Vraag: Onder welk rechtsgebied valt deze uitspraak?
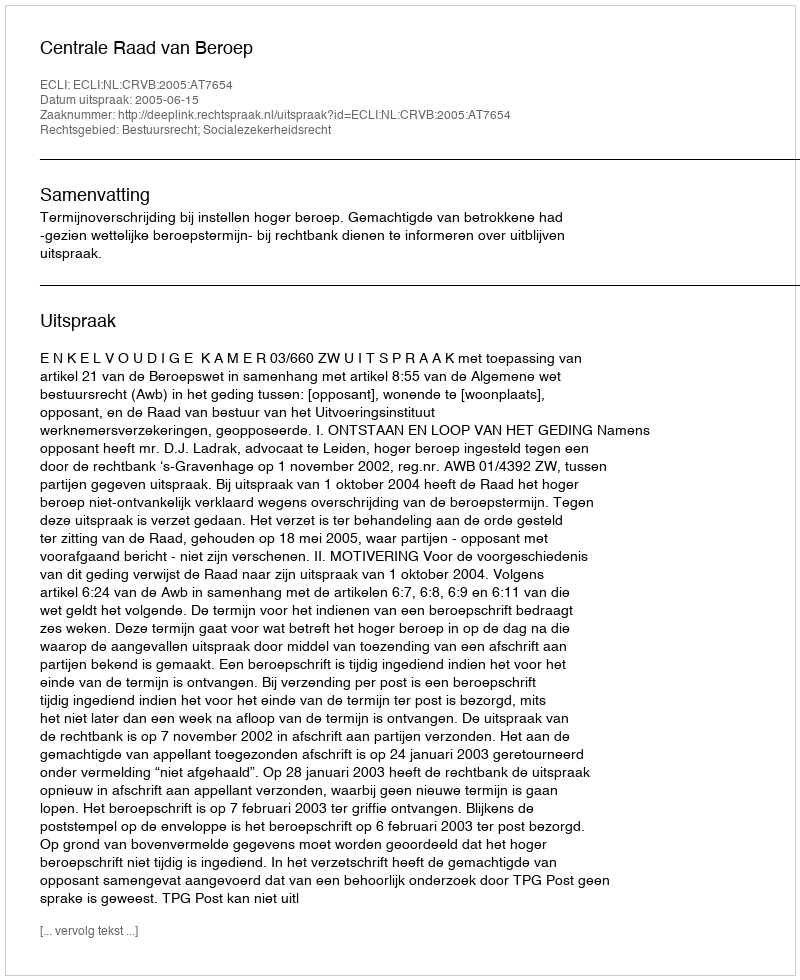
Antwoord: Bestuursrecht; Socialezekerheidsrecht